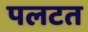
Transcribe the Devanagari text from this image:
पलटत